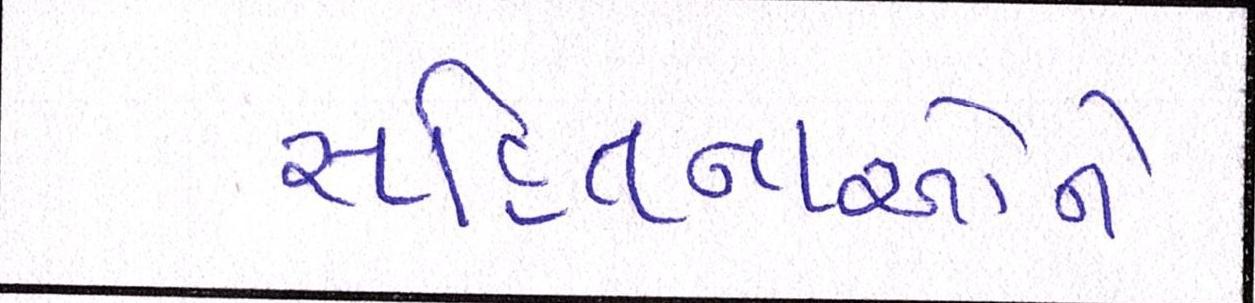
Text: સહિતનાઓને